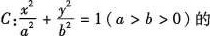
C $$: \frac{x^{2}}{a^{2}} + \frac{y^{2}}{b^{2}} = 1 (a>b>0)$$ 的